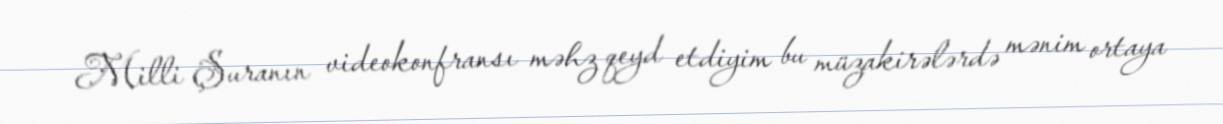
Milli Şuranın videokonfransı məhz qeyd etdiyim bu müzakirələrdə mənim ortaya